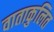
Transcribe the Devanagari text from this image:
वाताकुलित